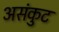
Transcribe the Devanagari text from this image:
असंकुट